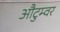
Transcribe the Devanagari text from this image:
औटुम्वर